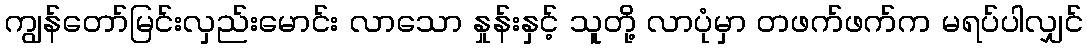
ကျွန်တော်မြင်းလှည်းမောင်း လာသော နှုန်းနှင့် သူတို့ လာပုံမှာ တဖက်ဖက်က မရပ်ပါလျှင်